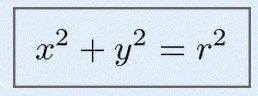
x^2+y^2=r^2